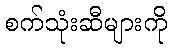
စက်သုံးဆီများကို